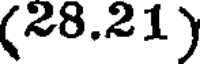
(28.21)